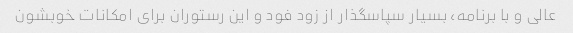
عالی و با برنامه، بسیار سپاسگذار از زود فود و این رستوران برای امکانات خوبشون